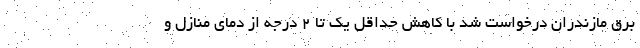
برق مازندران درخواست شد با کاهش حداقل یک تا ۲ درجه از دمای منازل و